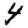
Digit: 4